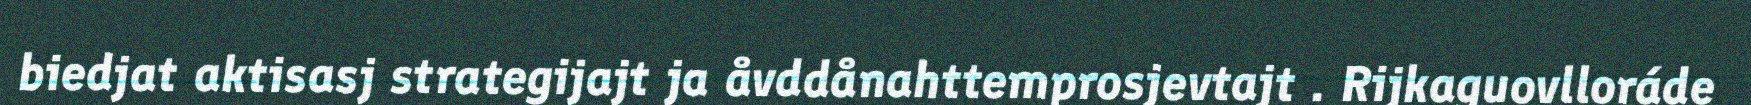
biedjat aktisasj strategijajt ja åvddånahttemprosjevtajt . Rijkaguovlloráde